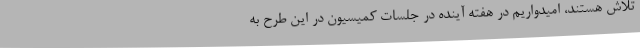
تلاش هستند، امیدواریم در هفته آینده در جلسات کمیسیون در این طرح به